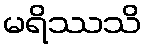
မရိဿသိ